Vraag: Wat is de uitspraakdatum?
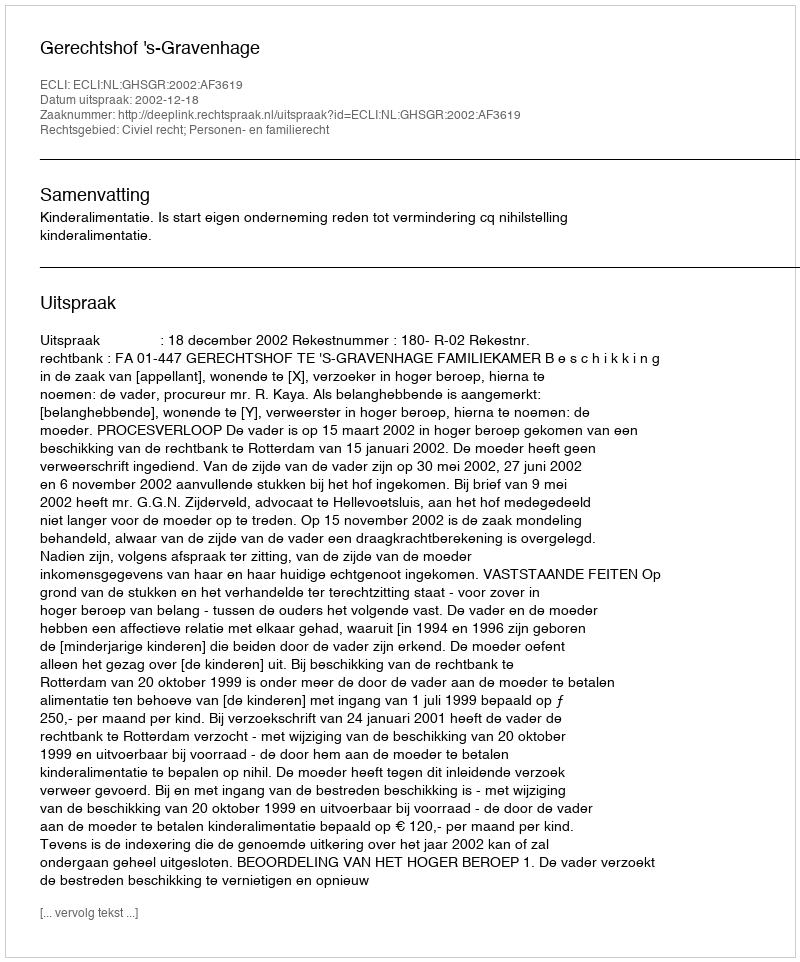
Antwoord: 2002-12-18